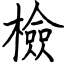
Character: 檢